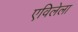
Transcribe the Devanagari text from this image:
एविलेला